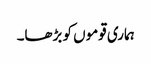
ہماری قوموں کو بڑھا۔